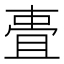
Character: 𬻧